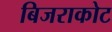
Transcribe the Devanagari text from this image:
बिजराकोट